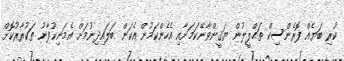
ކުރި ބަޔެއް ފޮރެންސިކް ތަޙްލީލުން ޔަޤީންވާނޭކަމަށާއި އެހެންކަމުން އެކަން ބަލައިދިނުމަށް އެމަނިކުފާނު ތަކުރާރުކޮށް